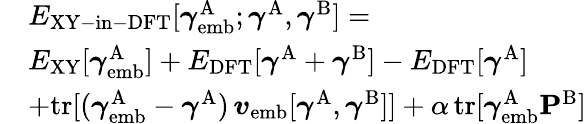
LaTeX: \begin{array}{rl}&{E_{\mathrm{XY-in-DFT}}[\boldsymbol{\gamma}_{\mathrm{emb}}^{\mathrm{A}};\boldsymbol{\gamma}^{\mathrm{A}},\boldsymbol{\gamma}^{\mathrm{B}}]=}\\ {\newline}&{E_{\mathrm{XY}}[\boldsymbol{\gamma}_{\mathrm{emb}}^{\mathrm{A}}]+E_{\mathrm{DFT}}[\boldsymbol{\gamma}^{\mathrm{A}}+\boldsymbol{\gamma}^{\mathrm{B}}]-E_{\mathrm{DFT}}[\boldsymbol{\gamma}^{\mathrm{A}}]}\\ {\newline}&{+\mathrm{tr}[(\boldsymbol{\gamma}_{\mathrm{emb}}^{\mathrm{A}}-\boldsymbol{\gamma}^{\mathrm{A}})\, \boldsymbol{v}_{\mathrm{emb}}[\boldsymbol{\gamma}^{\mathrm{A}},\boldsymbol{\gamma}^{\mathrm{B}}]]+\alpha\, \mathrm{tr}[\boldsymbol{\gamma}_{\mathrm{emb}}^{\mathrm{A}}\mathbf{P}^{\mathrm{B}}]}\end{array}